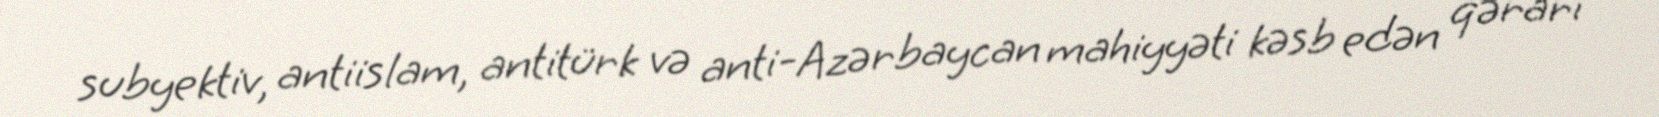
subyektiv, antiislam, antitürk və anti-Azərbaycan mahiyyəti kəsb edən qərarı